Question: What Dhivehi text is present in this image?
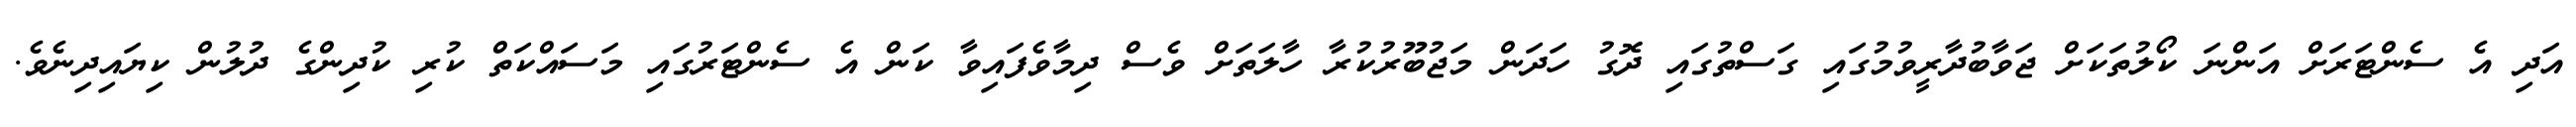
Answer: އަދި އެ ސެންޓަރަށް އަންނަ ކޯލުތަކަށް ޖަވާބުދާރީވުމުގައި ގަސްތުގައި ދޮގު ހަދަން މަޖުބޫރުކުރާ ހާލަތަށް ވެސް ދިމާވެފައިވާ ކަން އެ ސެންޓަރުގައި މަސައްކަތް ކުރި ކުދިންގެ ދުލުން ކިޔައިދިނެވެ.